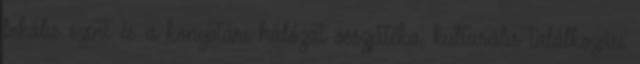
lokális szint és a könyvtári hálózat összjátéka, kulturális találkozási